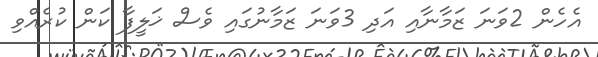
އެހެން 2ވަނަ ޒަމާނާއި އަދި 3ވަނަ ޒަމާނުގައި ވެސް ޚަލީފާ ކަން ކުރެއްވި